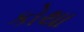
કોથા